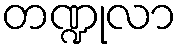
တဏ္ဍုလာ